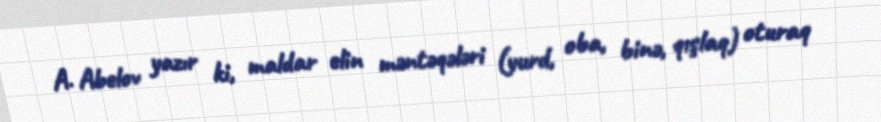
A. Abelov yazır ki, maldar elin məntəqələri (yurd, oba, binə, qışlaq) oturaq